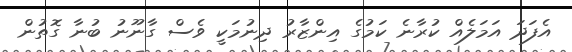
އެފަދަ އަމަލެއް ކުރާނެ ކަމުގެ އިންޒާރު ދިނުމަކީ ވެސް ގާނޫނު ބުނާ ގޮތުން